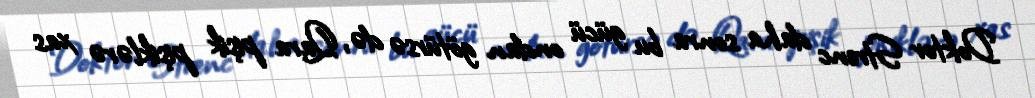
Doktor Strenc daha sonra bu gücü ondan götürsə də, Qara pişik pişiklərə xas